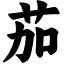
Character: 茄